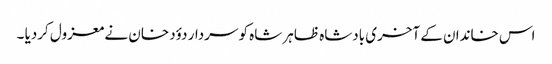
اس خاندان کے آخری بادشاہ ظاہر شاہ کو سردار دؤد خان نے معزول کردیا ۔